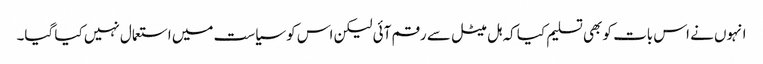
انہوں نے اس بات کو بھی تسلیم کیا کہ ہل میٹل سے رقم آئی لیکن اس کو سیاست میں استعمال نہیں کیا گیا۔